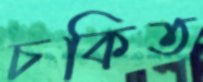
চকিত